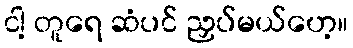
ငါ့ တူရေ ဆံပင် ညှပ်မယ်ဟေ့။